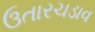
ઉતારચડાવ